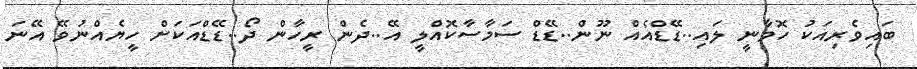
ބައިވެރިއަކު ހޮވާނީ ލައި..ޑޭޑްއެއް ނޫން..ޑޭޑް ސަމާސާކޮއްލީ އޭ..ދެން ރީހާން ދޯ..ޑޭޑްއަކަށް ހީޔެއްނުވޭ އޭނަ